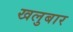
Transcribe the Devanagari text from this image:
खलुबार